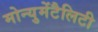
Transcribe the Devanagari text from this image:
मोन्युमेंटैलिटी